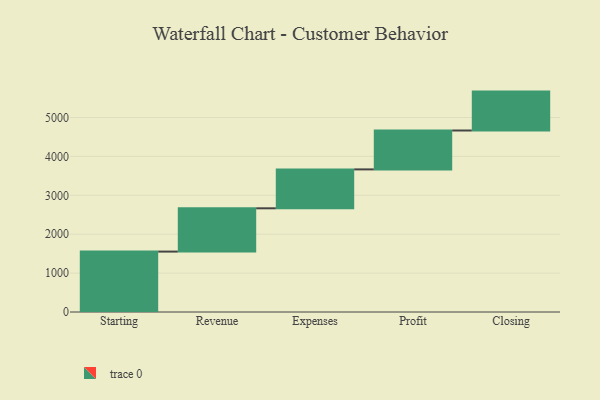
{"axis": {"x": "Step", "y": "Value"}, "legend": [""], "data": [{"x": "Starting", "y": 1553.0, "type": ""}, {"x": "Revenue", "y": 1113.0, "type": ""}, {"x": "Expenses", "y": 1000, "type": ""}, {"x": "Profit", "y": 1000, "type": ""}, {"x": "Closing", "y": 1000, "type": ""}]}